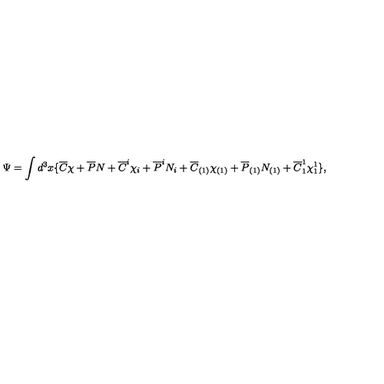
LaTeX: \Psi = \int d ^ { 3 } x \{ \overline { { C } } \chi + \overline { { P } } N + \overline { { C } } ^ { i } \chi _ { i } + \overline { { P } } ^ { i } N _ { i } + \overline { { C } } _ { ( 1 ) } \chi _ { ( 1 ) } + \overline { { P } } _ { ( 1 ) } N _ { ( 1 ) } + \overline { { C } } _ { 1 } ^ { 1 } \chi _ { 1 } ^ { 1 } \} ,